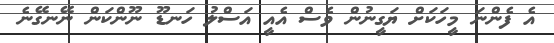
އެ ފެންނަ މީހަކަށް ޔަގީނުން ވެސް އެއީ އަސްލު ހަނޑޫ ނޫންކަން ނޭނގޭނެ